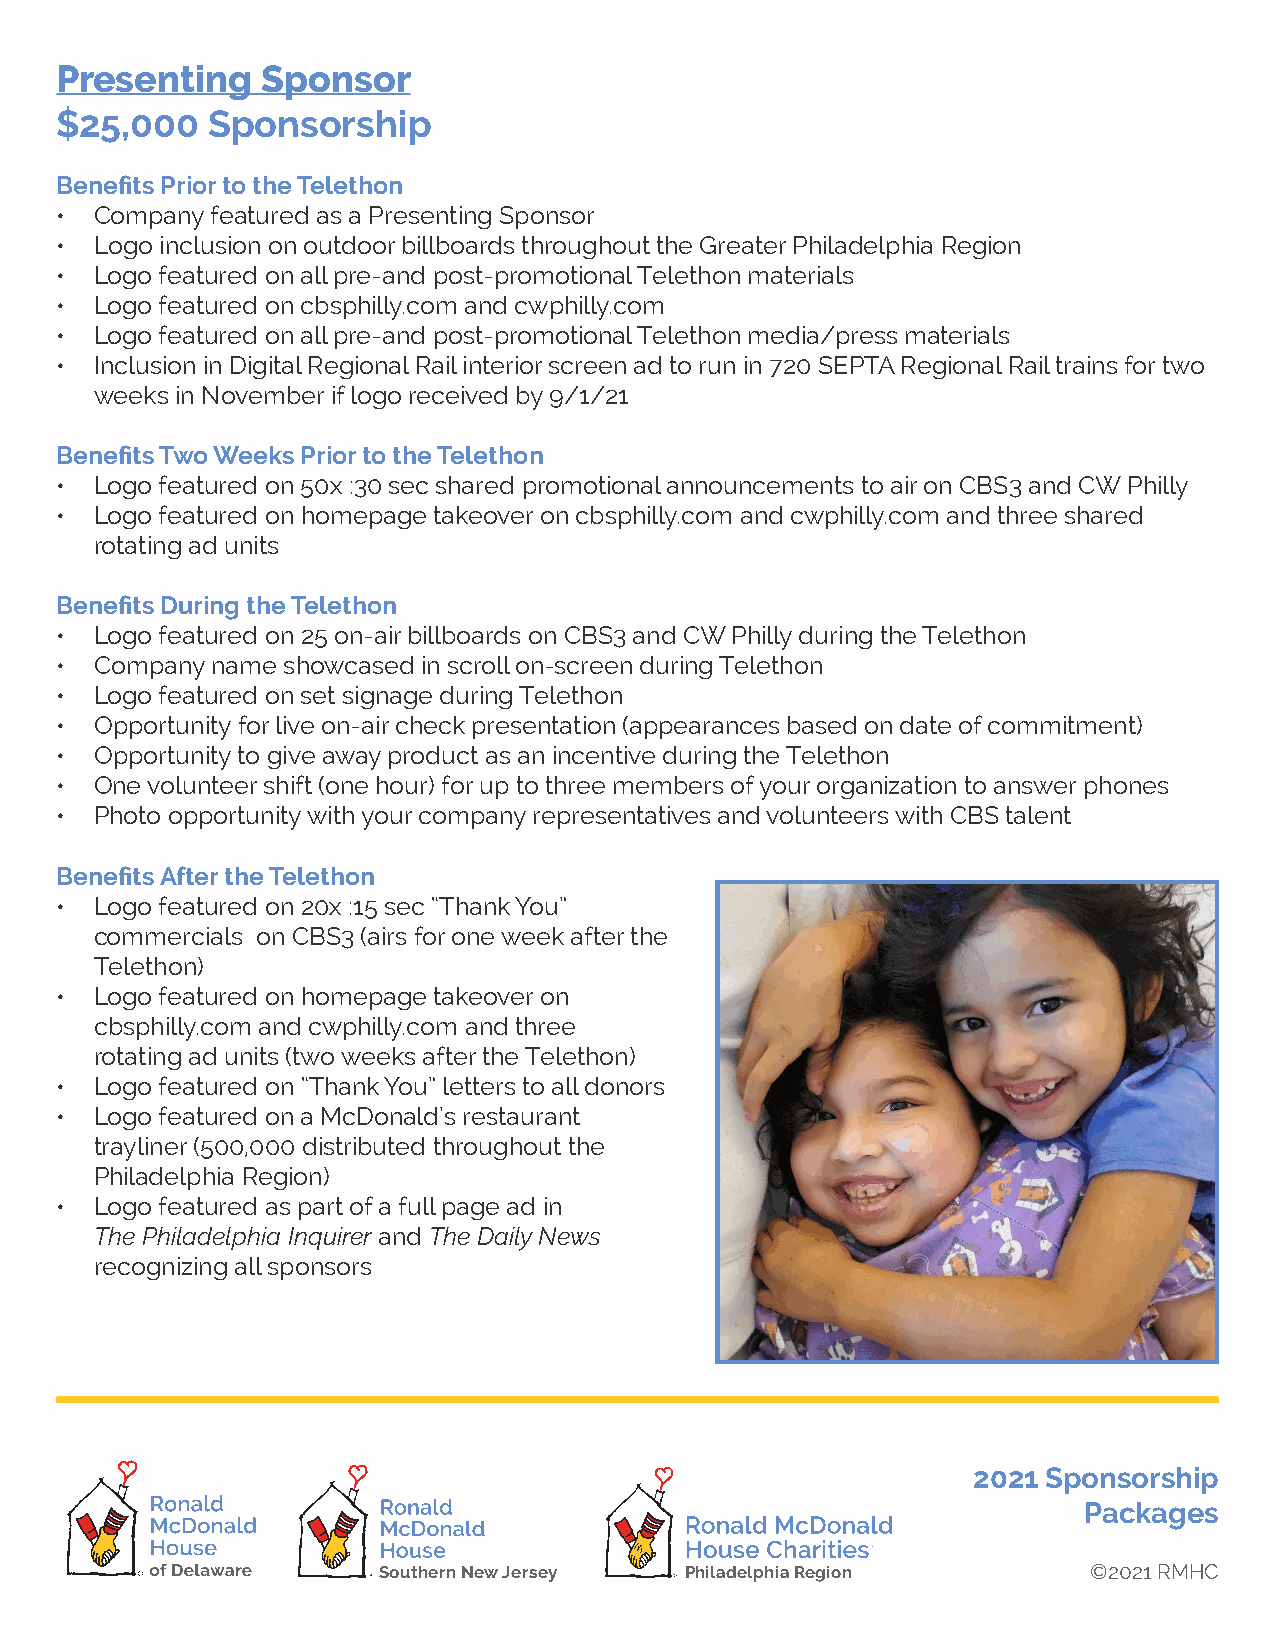
Presenting   Sponsor
 $25,000   Sponsorship
 Benefits Prior to the Telethon
 • Company featured as a Presenting Sponsor
 • Logo inclusion on outdoor billboards throughout the Greater Philadelphia Region
 • Logo featured on all pre-and post-promotional Telethon materials
 • Logo featured on cbsphilly.com and cwphilly.com
 • Logo featured on all pre-and post-promotional Telethon media/press materials
 • Inclusion in Digital Regional Rail interior screen ad to run in 720 SEPTA Regional Rail trains for two
 weeks in November if logo received by 9/1/21
 Benefits Two Weeks Prior to the Telethon
 • Logo featured on 50x :30 sec shared promotional announcements to air on CBS3 and CW Philly
 • Logo featured on homepage takeover on cbsphilly.com and cwphilly.com and three shared
 rotating ad units
 Benefits During the Telethon
 • Logo featured on 25 on-air billboards on CBS3 and CW Philly during the Telethon
 • Company name showcased in scroll on-screen during Telethon
 • Logo featured on set signage during Telethon
 • Opportunity for live on-air check presentation (appearances based on date of commitment)
 • Opportunity to give away product as an incentive during the Telethon
 • One volunteer shift (one hour) for up to three members of your organization to answer phones
 • Photo opportunity with your company representatives and volunteers with CBS talent
 Benefits After the Telethon
 • Logo featured on 20x :15 sec “Thank You”
 commercials on CBS3 (airs for one week after the
 Telethon)
 • Logo featured on homepage takeover on
 cbsphilly.com and cwphilly.com and three
 rotating ad units (two weeks after the Telethon)
 • Logo featured on “Thank You” letters to all donors
 • Logo featured on a McDonald’s restaurant
 trayliner (500,000 distributed throughout the
 Philadelphia Region)
 • Logo featured as part of a full page ad in
 The Philadelphia Inquirer and The Daily News
 recognizing all sponsors
 2021 Sponsorship
 Packages
 Southern New Jersey Philadelphia Region        ©2021 RMHC